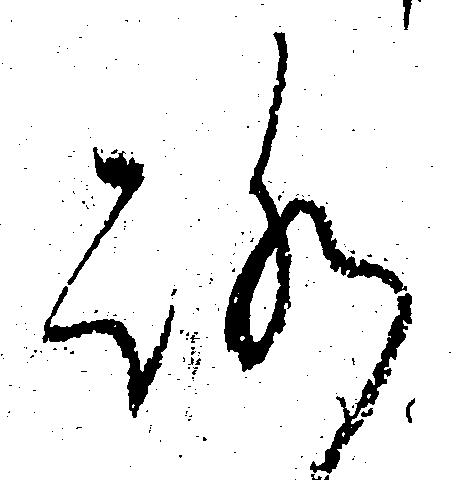
ろ